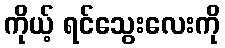
ကိုယ့် ရင်သွေးလေးကို